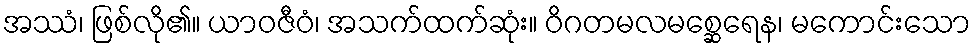
အဿံ၊ ဖြစ်လို၏။ ယာဝဇီဝံ၊ အသက်ထက်ဆုံး။ ဝိဂတမလမစ္ဆေရေန၊ မကောင်းသော